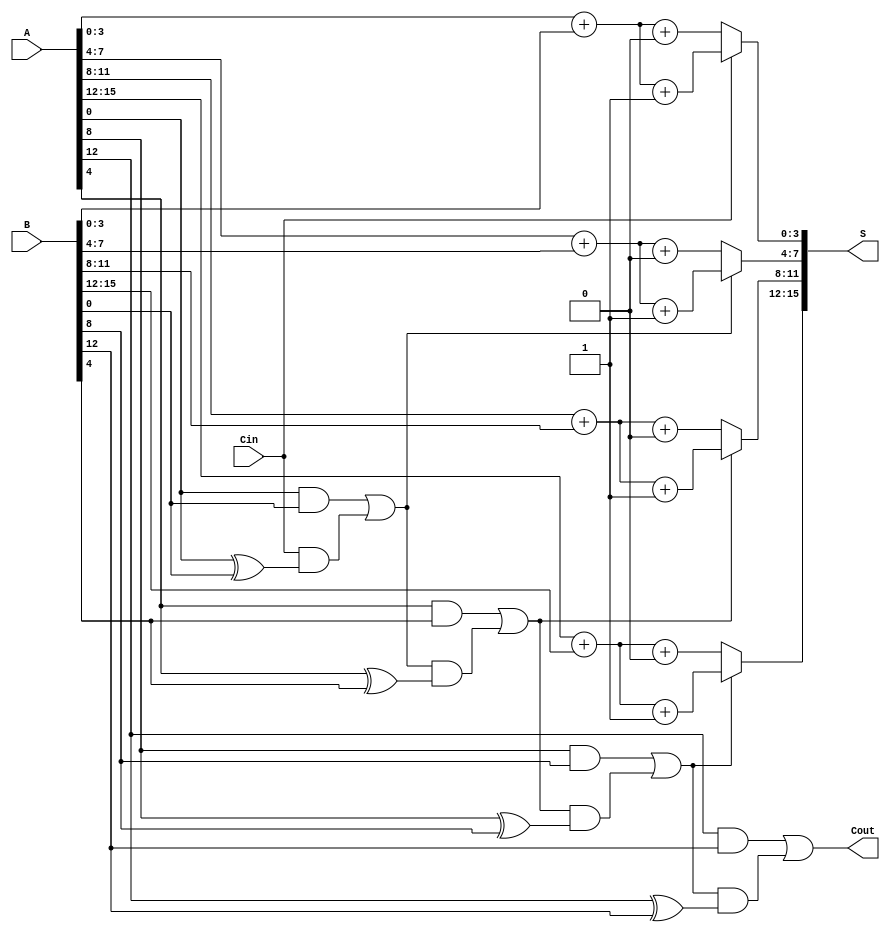
module CCSA #(parameter N = 16, parameter K = 4) (
    input [N-1:0] A,
    input [N-1:0] B,
    input Cin,
    output [N-1:0] S,
    output Cout
);
    localparam M = N / K; // Number of segments
    wire [K-1:0] S0 [M-1:0];
    wire [K-1:0] S1 [M-1:0];
    wire [M-1:0] C0, C1;
    wire [M:0] C; // Carry signals

    // Generate sum and carry for each segment
    genvar i;
    generate
        for (i = 0; i < M; i = i + 1) begin : segment
            wire [K-1:0] A_segment = A[i*K +: K];
            wire [K-1:0] B_segment = B[i*K +: K];

            // Sum assuming carry-in is 0 (S0) and 1 (S1)
            assign S0[i] = A_segment + B_segment + 0;
            assign S1[i] = A_segment + B_segment + 1;

            // Carry generation
            assign C0[i] = (A_segment & B_segment) | (C[i] & (A_segment ^ B_segment));
            assign C1[i] = (A_segment & B_segment) | (C[i] & (A_segment ^ B_segment));
        end
    endgenerate

    // Generate carry signals
    assign C[0] = Cin; // Initial carry-in
    generate
        for (i = 0; i < M; i = i + 1) begin : carry_select
            wire carry_select_signal;
            assign carry_select_signal = C[i];

            // MUX to select between S0 and S1 based on carry
            assign S[i*K +: K] = carry_select_signal ? S1[i] : S0[i];

            // Carry-out for next segment
            assign C[i + 1] = carry_select_signal ? C1[i] : C0[i];
        end
    endgenerate

    // Final carry-out
    assign Cout = C[M];

endmodule